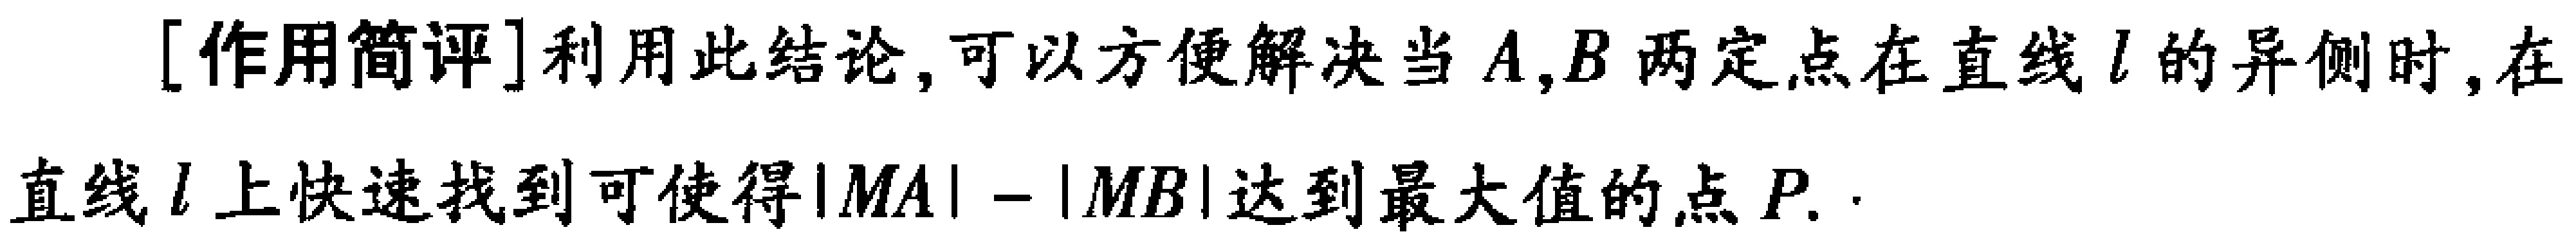
[作用简评]利用此结论,可以方便解决当\(A,B\)两定点在直线\(l\)的异侧时,在直线\(l\)上快速找到可使得\(\vert MA\vert - \vert MB\vert\)达到最大值的点\(P\).